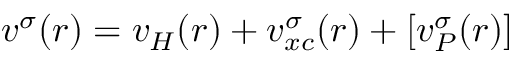
v ^ { \sigma } ( r ) = v _ { H } ( r ) + v _ { x c } ^ { \sigma } ( r ) + [ v _ { P } ^ { \sigma } ( r ) ]